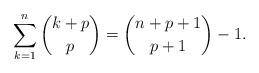
LaTeX: \begin{align*}\sum_{k=1}^{n} \binom{k+p}{p} = \binom{n+p+1}{p+1} -1.\end{align*}